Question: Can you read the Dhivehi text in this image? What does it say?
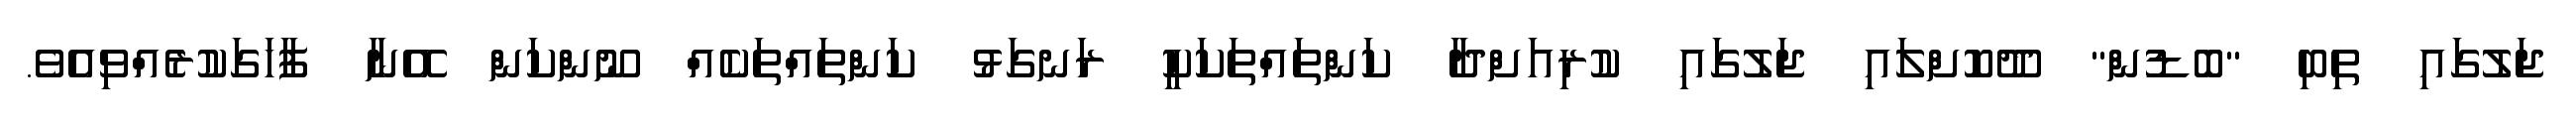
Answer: ޖަލުގައި ތިބި "ބޮޑުުން" ދޫކޮށްލައި ޖަލުގައި ކުރިއަށްދާ ކަންތައްތަކަކީ ރަނގަޅު ކަންތައްތަކެއް ނޫންކަން އޭނާ ފާހަގަކުރެއްވިއެވެ.